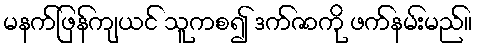
မနက်ဖြန်ကျယင် သူကစ၍ ဒက်ဇာကို ဖက်နမ်းမည်။